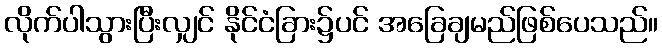
လိုက်ပါသွားပြီးလျှင် နိုင်ငံခြား၌ပင် အခြေချမည်ဖြစ်ပေသည်။